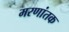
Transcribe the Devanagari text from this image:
मरणांतक